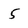
Character: 5